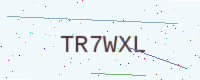
Text: TR7WXL